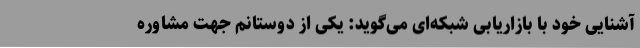
آشنایی خود با بازاریابی شبکه‌ای می‌گوید: یکی از دوستانم جهت مشاوره